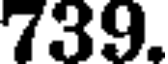
739.